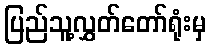
ပြည်သူ့လွှတ်တော်ရုံးမှ